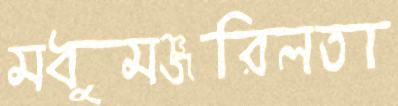
মধুমঞ্জরিলতা